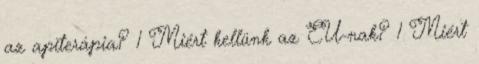
az apiterápia? 1 Miért kellünk az EU-nak? 1 Miért